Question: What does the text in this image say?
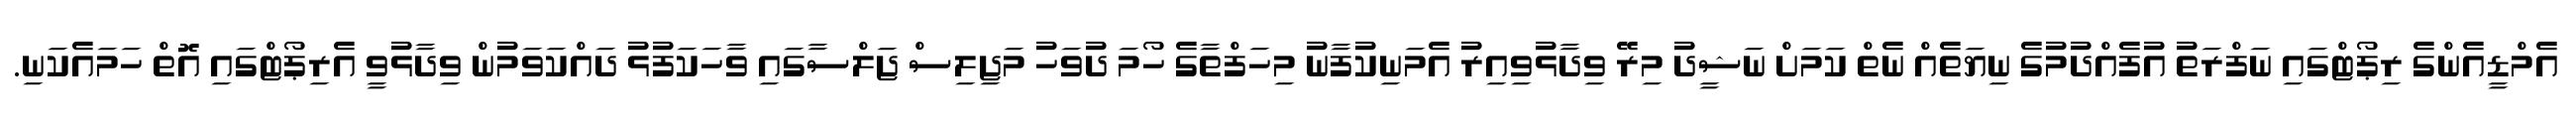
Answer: އެމްޑީއެންގެ ރިޕޯޓްގައި ނަފްރަތު އުފެއްދުމުގެ ނިޔަތެއް ނެތް ކަމަށް ނަޝީދު މިރޭ ވިދާޅުވިއިރު އެމަނިކުފާނު މިހަފްތާގެ ހޯމަ ދުވަހު މަޖިލިސް ޖަލްސާގައި ވާހަކަފުޅު ދައްކަވަމުން ވިދާޅުވީ އެރިޕޯޓްގައި އޮތް ހަމައެކަނި.